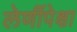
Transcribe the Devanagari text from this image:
लेणींपेक्षा